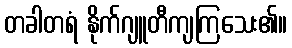
တခါတရံ နိုက်ဂျူတီကျကြသေး၏။